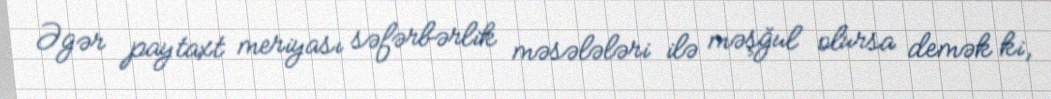
Əgər paytaxt meriyası səfərbərlik məsələləri ilə məşğul olursa demək ki,